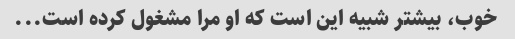
خوب، بیشتر شبیه این است که او مرا مشغول کرده است...